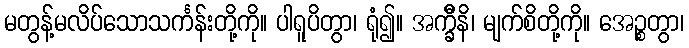
မတွန့်မလိပ်သောသင်္ကန်းတို့ကို။ ပါရူပိတွာ၊ ရုံ၍။ အက္ခီိနိ၊ မျက်စိတို့ကို။ အေဉ္စတွာ၊